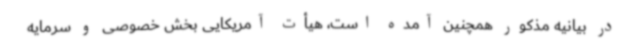
در بیانیه مذکور همچنین آمده است، هیأت آمریکایی بخش خصوصی و سرمایه